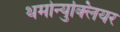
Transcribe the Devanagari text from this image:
थर्मोन्युक्लियर